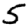
Digit: 5